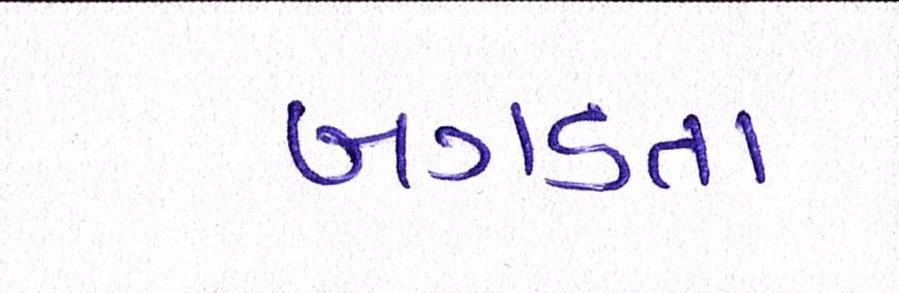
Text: બગડતા